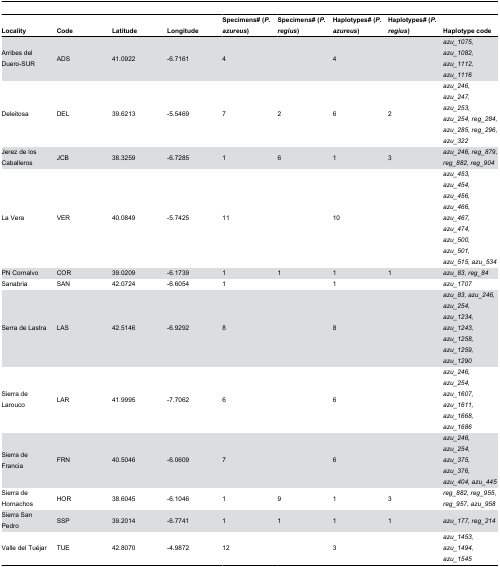
<table><thead><tr><td><b>Locality</b></td><td><b>Code</b></td><td><b>Latitude</b></td><td><b>Longitude</b></td><td><b>Specimens# (<i>P</i><i>. azureus</i>)</b></td><td><b>Specimens# (<i>P</i><i>. regius</i>)</b></td><td><b>Haplotypes# (<i>P</i><i>. azureus</i>)</b></td><td><b>Haplotypes# (<i>P</i><i>. regius</i>)</b></td><td><b>Haplotype code</b></td></tr></thead><tbody><tr><td>Arribes del Duero-SUR</td><td>ADS</td><td>41.0922</td><td>-6.7161</td><td>4</td><td></td><td>4</td><td></td><td><i>azu_1075, azu_1082, azu_1112, azu_1116</i></td></tr><tr><td>Deleitosa</td><td>DEL</td><td>39.6213</td><td>-5.5469</td><td>7</td><td>2</td><td>6</td><td>2</td><td><i>azu_246, azu_247, azu_253, azu_254, reg_284, azu_285, reg_296, azu_322</i></td></tr><tr><td>Jerez de los Caballeros</td><td>JCB</td><td>38.3259</td><td>-6.7285</td><td>1</td><td>6</td><td>1</td><td>3</td><td><i>azu_246, reg_879, reg_882, reg_904</i></td></tr><tr><td>La Vera</td><td>VER</td><td>40.0849</td><td>-5.7425</td><td>11</td><td></td><td>10</td><td></td><td><i>azu_453, azu_454, azu_456, azu_466, azu_467, azu_474, azu_500, azu_501, azu_515, azu_534</i></td></tr><tr><td>PN Cornalvo</td><td>COR</td><td>39.0209</td><td>-6.1739</td><td>1</td><td>1</td><td>1</td><td>1</td><td><i>azu_83, reg_84</i></td></tr><tr><td>Sanabria</td><td>SAN</td><td>42.0724</td><td>-6.6054</td><td>1</td><td></td><td>1</td><td></td><td><i>azu_1707</i></td></tr><tr><td>Serra de Lastra</td><td>LAS</td><td>42.5146</td><td>-6.9292</td><td>8</td><td></td><td>8</td><td></td><td><i>azu_83, azu_246, azu_254, azu_1234, azu_1243, azu_1258, azu_1259, azu_1290</i></td></tr><tr><td>Sierra de Larouco</td><td>LAR</td><td>41.9995</td><td>-7.7062</td><td>6</td><td></td><td>6</td><td></td><td><i>azu_246, azu_254, azu_1607, azu_1611, azu_1668, azu_1686</i></td></tr><tr><td>Sierra de Francia</td><td>FRN</td><td>40.5046</td><td>-6.0609</td><td>7</td><td></td><td>6</td><td></td><td><i>azu_246, azu_254, azu_375, azu_376, azu_404, azu_445</i></td></tr><tr><td>Sierra de Hornachos</td><td>HOR</td><td>38.6045</td><td>-6.1046</td><td>1</td><td>9</td><td>1</td><td>3</td><td><i>reg_882, reg_955, reg_957, azu_958</i></td></tr><tr><td>Sierra San Pedro</td><td>SSP</td><td>39.2014</td><td>-6.7741</td><td>1</td><td>1</td><td>1</td><td>1</td><td><i>azu_177, reg_214</i></td></tr><tr><td>Valle del Tuéjar</td><td>TUE</td><td>42.8070</td><td>-4.9872</td><td>12</td><td></td><td>3</td><td></td><td><i>azu_1453, azu_1494, azu_1545</i></td></tr></tbody></table>